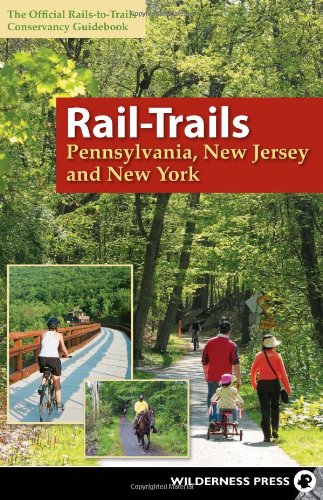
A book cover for Rail-Trails Pennsylvania, New Jersey, and New York; Rails-to-Trails Conservancy; Sports & Outdoors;